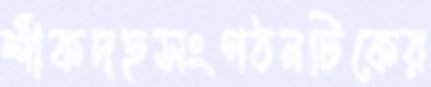
শাঁকদহসংগঠনটিকের